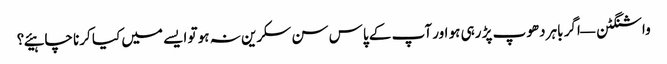
واشنگٹن — اگر باہر دھوپ پڑ رہی ہو اور آپ کے پاس سن سکرین نہ ہو تو ایسے میں کیا کرنا چاہیئے؟